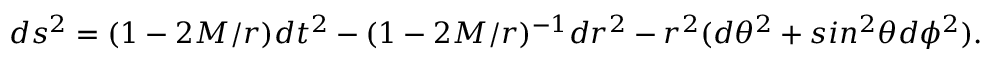
d s ^ { 2 } = ( 1 - 2 M / r ) d t ^ { 2 } - ( 1 - 2 M / r ) ^ { - 1 } d r ^ { 2 } - r ^ { 2 } ( d \theta ^ { 2 } + s i n ^ { 2 } \theta d \phi ^ { 2 } ) .